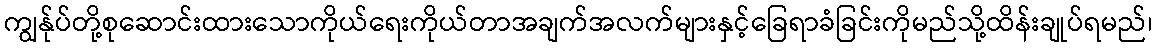
ကျွန်ုပ်တို့စုဆောင်းထားသောကိုယ်ရေးကိုယ်တာအချက်အလက်များနှင့်ခြေရာခံခြင်းကိုမည်သို့ထိန်းချုပ်ရမည်၊